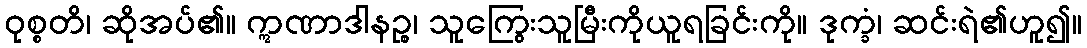
ဝုစ္စတိ၊ ဆိုအပ်၏။ ဣဏာဒါနဉ္စ၊ သူကြွေးသူမြီးကိုယူရခြင်းကို။ ဒုက္ခံ၊ ဆင်းရဲ၏ဟူ၍။